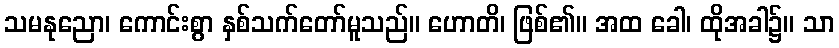
သမနုညော၊ ကောင်းစွာ နှစ်သက်တော်မူသည်။ ဟောတိ၊ ဖြစ်၏။ အထ ခေါ၊ ထိုအခါ၌။ သာ